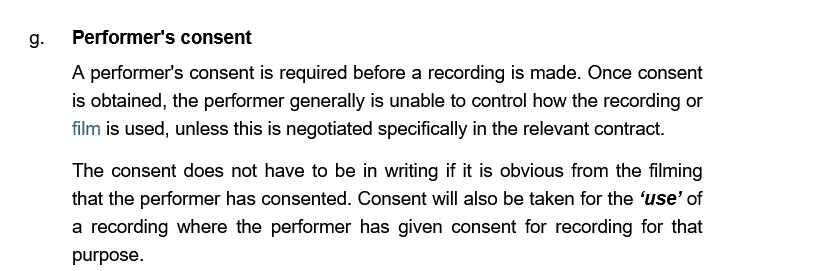
Performer's consent
     A performer's consent is required before a recording is made. Once consent
     is obtained, the performer generally is unable to control how the recording or
     film is used, unless this is negotiated specifically in the relevant contract.
     The consent does not  have to be in writing if it is obvious from the filming
     that the performer has consented. Consent will also be taken for the ‘use’ of
     a recording where the performer has  given consent for recording for that
     purpose.